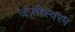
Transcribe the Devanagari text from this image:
जातीस्वरम